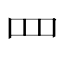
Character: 罒